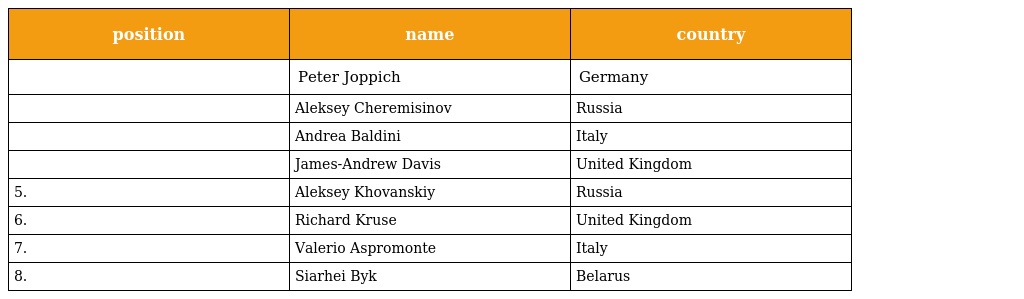
| position | name | country |
 | --- | --- | --- |
 |  | Peter Joppich | Germany |
 |  | Aleksey Cheremisinov | Russia |
 |  | Andrea Baldini | Italy |
 |  | James-Andrew Davis | United Kingdom |
 | 5. | Aleksey Khovanskiy | Russia |
 | 6. | Richard Kruse | United Kingdom |
 | 7. | Valerio Aspromonte | Italy |
 | 8. | Siarhei Byk | Belarus |